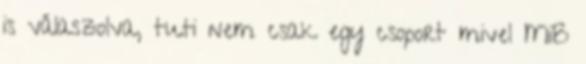
is válaszolva, tuti nem csak egy csoport mivel MiB